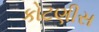
કોટણીસ